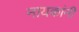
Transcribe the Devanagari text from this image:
नायकांनी